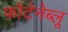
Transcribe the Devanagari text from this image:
फोंटेनेब्लू